Indian journal of veterinary science and animal husbandry - Volume 12,
Year: 1942
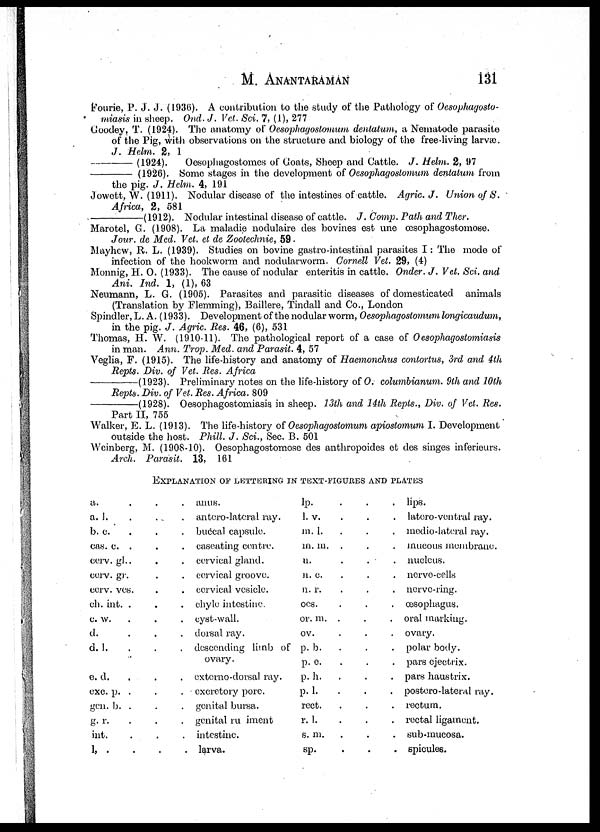
M. ANANTARAMAN 131
Fourie, P. J. J. (1936). A contribution to the study of the Pathology of Oesopfiagoslo-
miasis in sheep. Ond. J. Vet. Sci. 7, (1), 277
Goodey, T. (1924). The anatomy of Oesophagostomum dentalum, a Nematode parasite
of the Pig, with observations on the structure and biology of the free-living larvæ.
J. Helm. 2, 1
—(1924).
Oesophagostomes of Goats, Sheep and Cattle. J. Helm. 2, 97
—
(1926). Some stages in the development of Oesophagostomum dentalum from
the pig. J. Helm. 4, 191
Jowett, W. (1911). Nodular disease of the intestines of cattle. Agric. J. Union of S.
Africa, 2, 581
—(1912).
Nodular intestinal disease of cattle. J. Comp. Path and Ther.
Marotel, G. (1908). La maladie nodulaire des bovines est une œsophagostomose.
Jour. de Med. Vet. et de Zootechnic, 59 .
Mayhew, R. L. (1939). Studies on bovine gastro-intestinal parasites I: The mode of
infection of the hookworm and nodularworm. Cornell Vet. 29, (4)
Monnig, H. 0. (1933). The cause of nodular enteritis in cattle. Onder. J. Vet. Sci. and
Ani. Ind. 1, (1), 63
Neumann, L. G. (1905). Parasites and parasitic diseases of domesticated animals
(Translation by Flemming), Baillere, Tindall and Co., London
Spindler,L. A. (1933). Development of the nodular worm, Oesophagostomum longicattdum,
in the pig. J. Agric. Res. 46, (6), 531
Thomas, H. W. (1910-11). The pathological report of a case of Oesophagostomiasis
in man. Ann. Trop. Med. and Parasit. 4, 57
Veglia, F. (1915). The life-history and anatomy of Haemonchus contortus, 3rd and 4th
Repts. Div. of Vet. Res. Africa
—(1923).
Preliminary notes on the life-history of 0. columbianum. 9th and 10th
Repts. Div. of Vet. Res. Africa. 809
—(1928).
Oesophagostomiasis in sheep. 13th and 14th Repts., Div. of Vet. Res.
Part II, 755
Walker, E. L. (1913). The life-history of Oesophagostomum apiostomum I. Development
outside the host. Phill. J. Sci., Sec. B. 501
Weinberg, M. (1908-10). Oesophagostomose des anthropoides et des singes inferieurs.
Arch. Parasit. 13, 161
EXPLANATION OF LETTERING IN TEXT-FIGURES AND PLATES
a. . . .
a. l. . . .
b. c. . . .
cas. c. . . .
cerv. gl. . . .
cerv. gr. . .
cerv. vcs. . .
ch. int. . .
c. w. . . .
d. . . .
d. l. . . .
e. d. . . .
exc. p. . .
gen. b. . .
g. r. . . .
int. . . .
l, . . .
anus.
antero-lateral ray.
buccal capsule.
caseating centre.
cervical gland.
cervical groove.
cervical vesicle.
chyle intestine.
cyst-wall.
dorsal ray.
descending limb of
ovary.
externo-dorsal, ray.
excretory pore.
genital bursa.
genital ru iment
intestine.
larva.
lp. . . .
l. v. . . .
m. l. . . .
m. m. . . .
n. . . .
n. c . . . .
n. r. . . .
oes. . . .
or. m. . . .
ov. . . .
p. b. . . .
p. e. . . .
p. h. . . .
p. l. . . .
rect. . . .
r. l. . . .
s. m. . . .
sp. . . .
lips.
latero-ventral ray.
medio -lateral ray.
mucous membrane.
nucleus.
nerve-cells
nerve-ring.
œsophagus.
oral marking.
ovary.
polar body.
pars ejectrix.
pars haustrix.
postero-lateral my.
rectum.
rectal ligament.
sub-mucosa.
spicules.